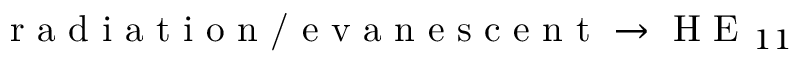
\textrm { r a d i a t i o n / e v a n e s c e n t } \rightarrow \textrm { H E } _ { 1 1 }